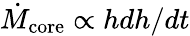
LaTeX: \dot{M}_{\mathrm{core}}\propto hdh/dt